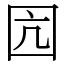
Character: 囥